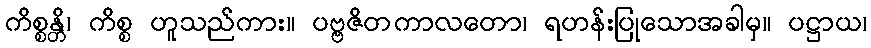
ကိစ္စန္တိ၊ ကိစ္စ ဟူသည်ကား။ ပဗ္ဗဇိတကာလတော၊ ရဟန်းပြုသောအခါမှ။ ပဋ္ဌာယ၊